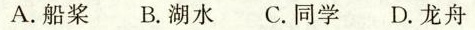
A.船桨 B.湖水 C.同学 D.龙舟